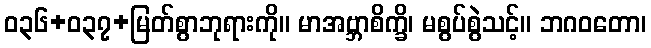
ဝ၃၆+၀၃၇+မြတ်စွာဘုရားကို။ မာအဗ္ဘာစိက္ခိ၊ မစွပ်စွဲသင့်။ ဘဂဝတော၊